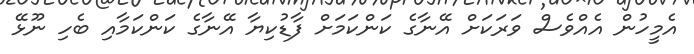
އެމީހުން އެއްވެސް ވަރަކަށް އޭނާގެ ކަންކަމަށް ފާޑުކިޔާ އޭނާގެ ކަންކަމާއި ބެހި ނޫޅޭ